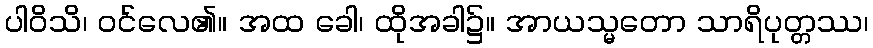
ပါဝိသိ၊ ဝင်လေ၏။ အထ ခေါ၊ ထိုအခါ၌။ အာယသ္မတော သာရိပုတ္တဿ၊